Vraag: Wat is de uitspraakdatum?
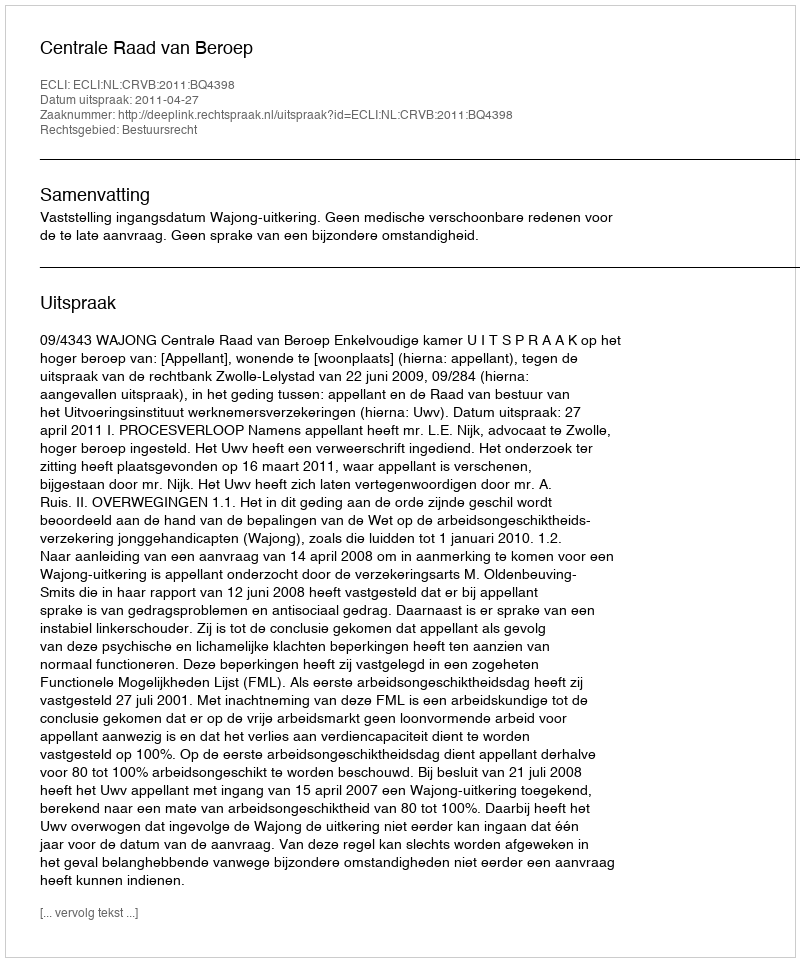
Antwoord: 2011-04-27